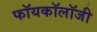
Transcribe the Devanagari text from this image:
फॉयकॉलॉजी